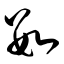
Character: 数